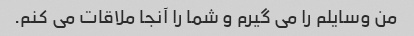
من وسایلم را می گیرم و شما را آنجا ملاقات می کنم.